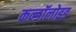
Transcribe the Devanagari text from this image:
कन्डॉलोइड